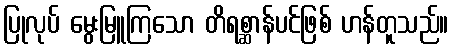
ပြုလုပ် မွေးမြူကြသော တိရစ္ဆာန်ပင်ဖြစ် ဟန်တူသည်။